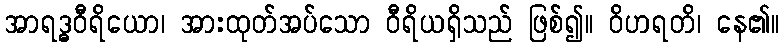
အာရဒ္ဓဝီရိယော၊ အားထုတ်အပ်သော ဝီရိယရှိသည် ဖြစ်၍။ ဝိဟရတိ၊ နေ၏။